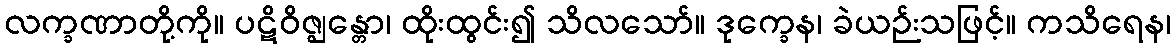
လက္ခဏာတို့ကို။ ပဋိဝိဇ္ဈန္တော၊ ထိုးထွင်း၍ သိလသော်။ ဒုက္ခေန၊ ခဲယဉ်းသဖြင့်။ ကသိရေန၊